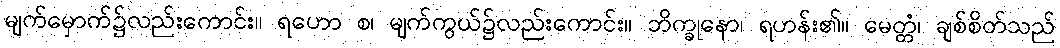
မျက်မှောက်၌လည်းကောင်း။ ရဟော စ၊ မျက်ကွယ်၌လည်းကောင်း။ ဘိက္ခုနော၊ ရဟန်း၏။ မေတ္တံ၊ ချစ်စိတ်သည်